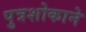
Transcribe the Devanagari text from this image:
पुत्रशोकाने